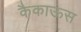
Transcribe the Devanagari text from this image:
कैकाऊस